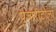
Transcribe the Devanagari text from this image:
पुजारीटोला